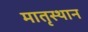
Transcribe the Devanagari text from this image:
मातृस्थान